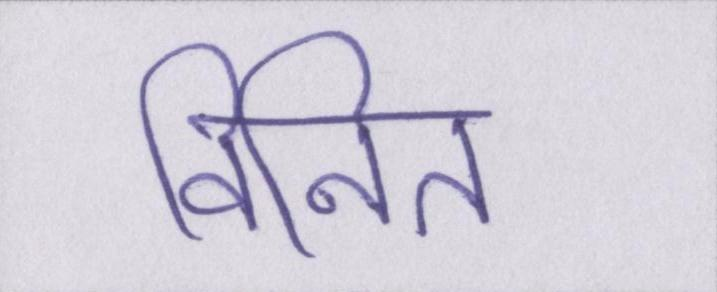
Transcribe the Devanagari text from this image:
विनित